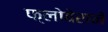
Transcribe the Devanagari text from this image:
फ्लोबेराने